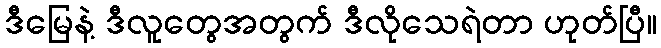
ဒီမြေနဲ့ ဒီလူတွေအတွက် ဒီလိုသေရဲတာ ဟုတ်ပြီ။